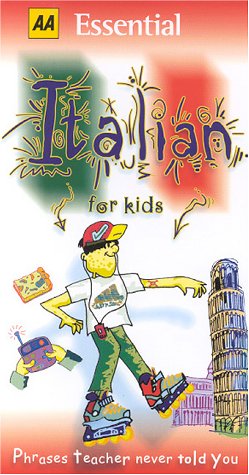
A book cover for AA Essential Italian for Kids: Phrases Teacher Never Told You (AA Essential Phrase Book); WINA GUNN; Engineering & Transportation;